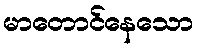
မာတောင်နေသော